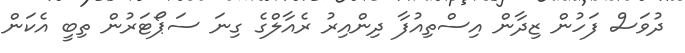
ދުވަސް ފަހުން ޒިދާން އިސްތިއުފާ ދިންއިރު ރެއާލްގެ ގިނަ ސަޕޯޓަރުން ތިބީ އެކަން